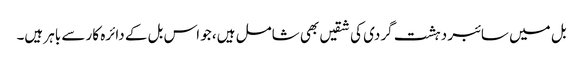
بل میں سائبر دہشت گردی کی شقیں بھی شامل ہیں، جو اس بل کے دائرہ کار سے باہر ہیں۔